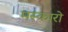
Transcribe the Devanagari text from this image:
मस्कारो